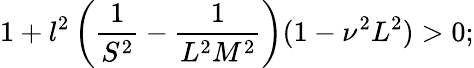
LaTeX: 1+l^{2}\left(\frac{1}{S^{2}}-\frac{1}{L^{2}M^{2}}\right)(1-\nu^{2}L^{2})>0;